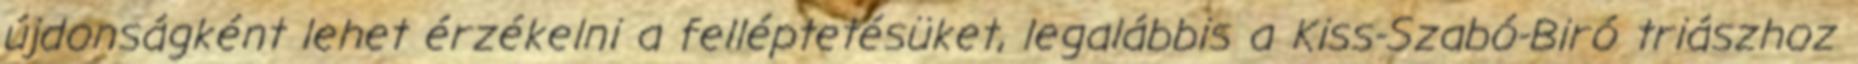
újdonságként lehet érzékelni a felléptetésüket, legalábbis a Kiss-Szabó-Biró triászhoz